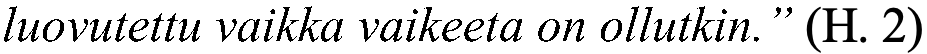
luovutettu vaikka vaikeeta on ollutkin.” (H. 2)